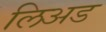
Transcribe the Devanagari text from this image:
लिअड